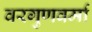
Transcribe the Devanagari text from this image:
वरगुणवर्मा